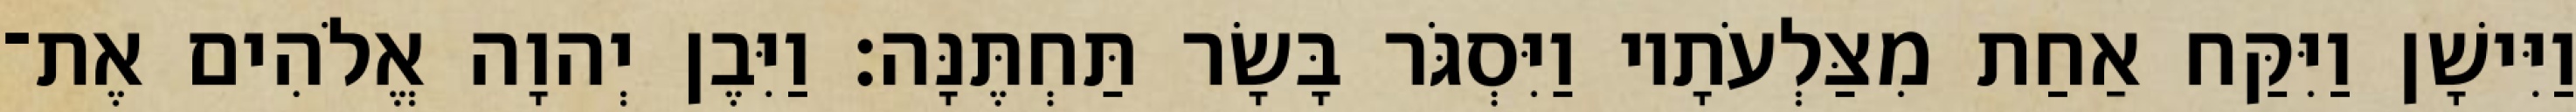
וַיִּישָׁן וַיִּקַּח אַחַת מִצַּלְעֹתָיו וַיִּסְגֹּר בָּשָׂר תַּחְתֶּנָּה׃ וַיִּבֶן יְהוָה אֱלֹהִים אֶת־